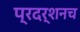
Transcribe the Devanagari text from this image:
प्रदर्शनच